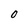
Character: 0